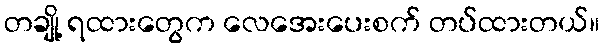
တချို့ ရထားတွေက လေအေးပေးစက် တပ်ထားတယ်။